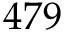
4 7 9